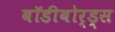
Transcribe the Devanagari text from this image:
बॉडीबोर्ड्स